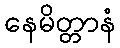
နေမိတ္တာနံ